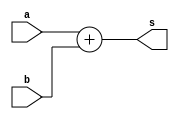
`timescale 10ms / 1ms

module adder8(s,a,b);

input [15:0] a,b;

output [16:0] s;


assign s = a+b;

endmodule